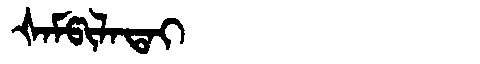
Manchu: ᡧᠠᠮᡦᡳᠯᠠᡨᠠᡳ
Romanization: ŠAMPILATAI